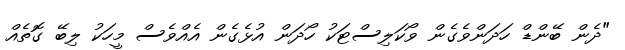
"ދެން ބޭންޑް ހަދަންވެގެން ވޯކަލިސްޓަކު ހޯދަން އުޅެގެން އެއްވެސް މީހަކު ލިބޭ ގޮތެއް